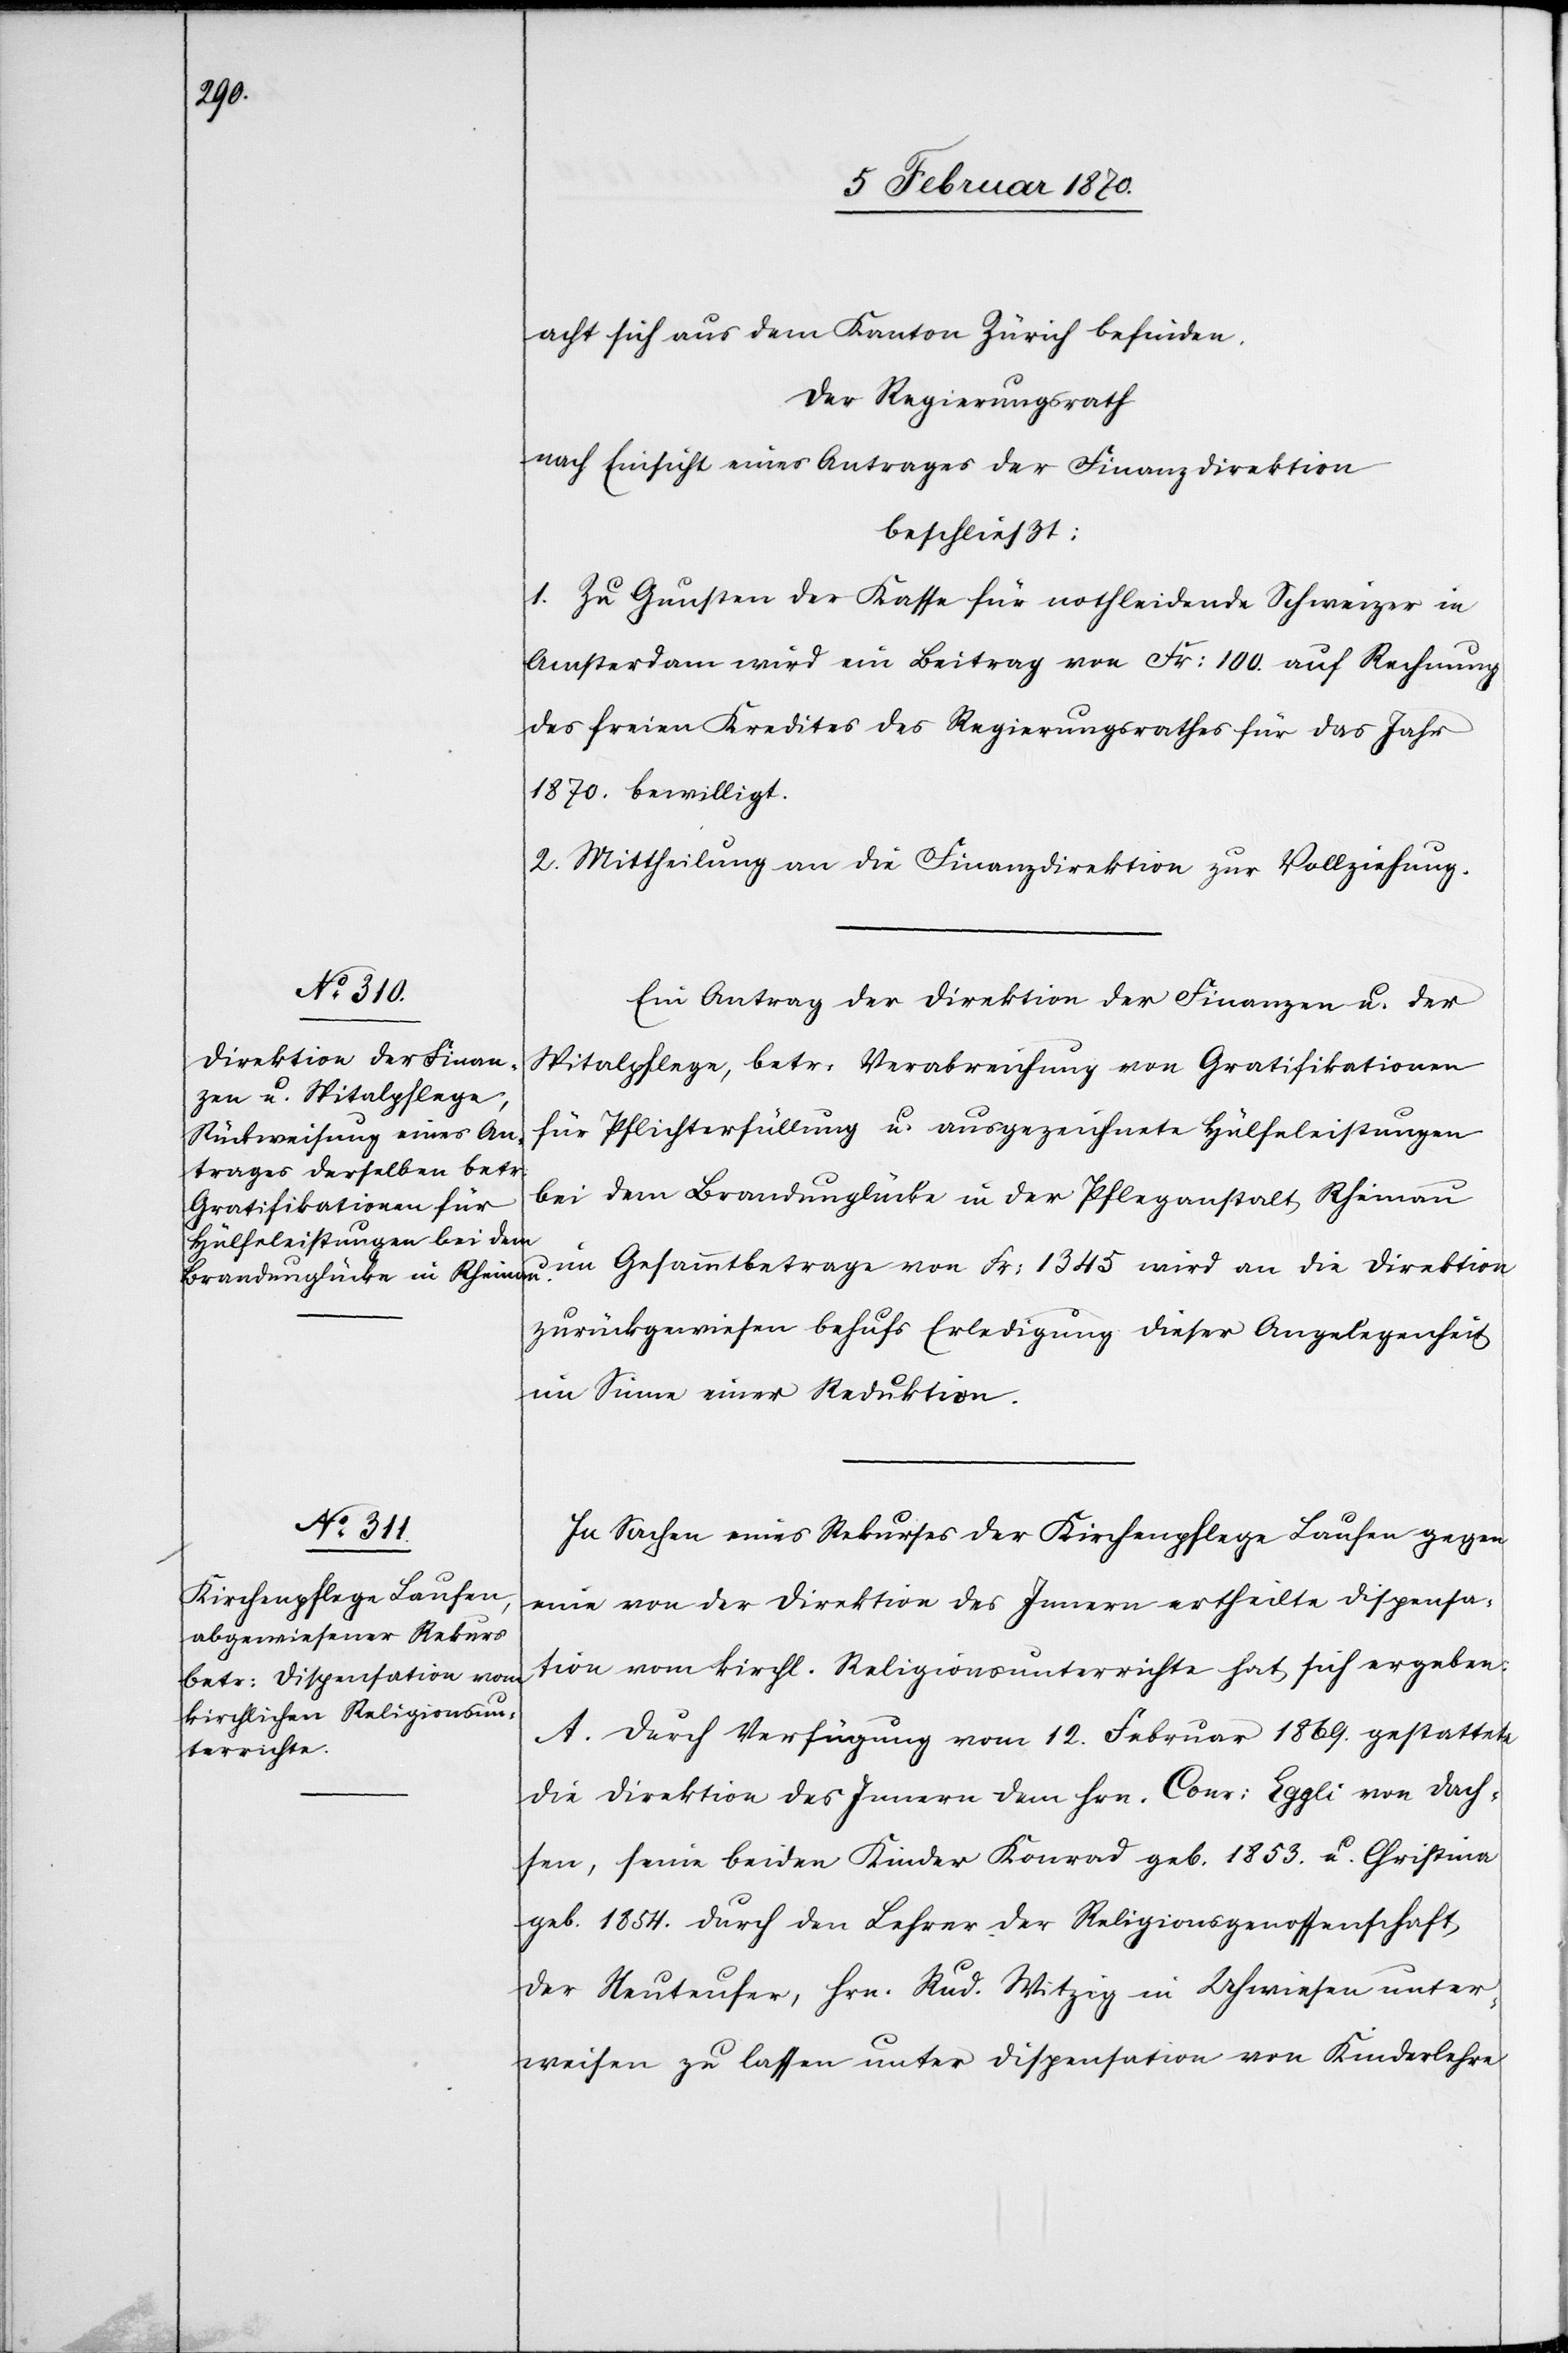
acht sich aus dem Kanton Zürich befinden.
Der Regierungsrath
nach Einsicht eines Antrages der Finanzdirektion
beschließt:
1. Zu Gunsten der Kasse für nothleidende Schweizer in
Amsterdam wird ein Beitrag von Fr: 100. auf Rechnung
des freien Kredites des Regierungsrathes für das Jahr
1870. bewilligt.
2. Mittheilung an die Finanzdirektion zur Vollziehung.
Ein Antrag der Direktion der Finanzen u. der
Spitalpflege, betr: Verabreichung von Gratifikationen
für Pflichterfüllung u. ausgezeichnete Hülfeleistungen
bei dem Brandunglücke in der Pfleganstalt Rheinau
im Gesammtbetrage von Fr: 1345 wird an die Direktion
zurückgewiesen behufs Erledigung dieser Angelegenheit
im Sinne einer Reduktion.
In Sachen eines Rekurses der Kirchenpflege Laufen gegen
eine von der Direktion des Innern ertheilte Dispensa¬
tion vom kirchl. Religionsunterrichte hat sich ergeben:
A. Durch Verfügung vom 12. Februar 1869. gestattete
die Direktion des Innern dem Hrn. Conr: Eggli von Dach¬
sen, seine beiden Kinder Konrad geb. 1853. u. Christina
geb. 1854. durch den Lehrer der Religionsgenossenschaft
der Neuteufer, Hrn. Rud. Witzig in Uhwiesen unter¬
weisen zu lassen unter Dispensation von Kinderlehre